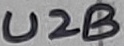
Text: U2B